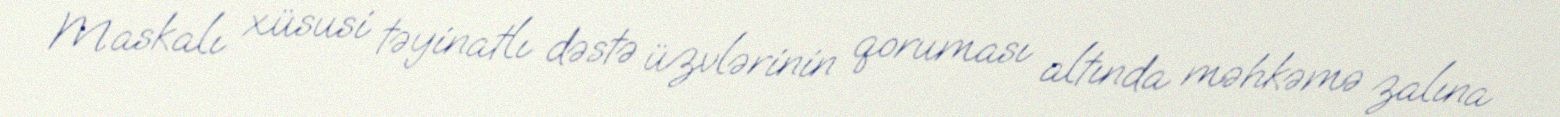
Maskalı xüsusi təyinatlı dəstə üzvlərinin qoruması altında məhkəmə zalına